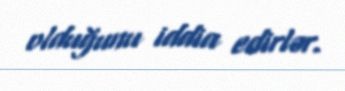
olduğunu iddia edirlər.